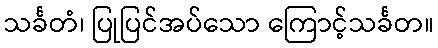
သင်္ခတံ၊ ပြုပြင်အပ်သော ကြောင့်သင်္ခတ။